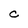
Character: C